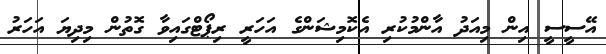
އޭސީސީ އިން މިއަދު އާންމުކުރި އެކޮމިޝަންގެ އަހަރީ ރިޕޯޓްގައިވާ ގޮތުން މިދިޔަ އަހަރު